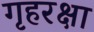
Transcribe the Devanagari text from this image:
गृहरक्षा